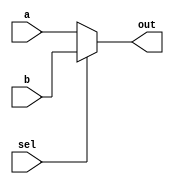
module Mux16Bit(a,b,sel,out);
input [15:0] a,b;
input sel;
output [15:0]out;
assign out=(sel)?b:a;
endmodule